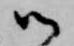
御